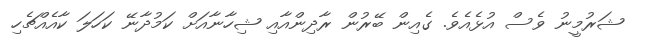
ޝަރުމީނު ވެސް އުޅެއެވެ. ގެއިން ބޭރުން ރާދިންއާއި ޝިހާނާއަށް ކަމުދާނޭ ކަހަލަ ކާއެއްޗެހި